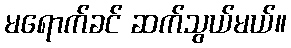
မရောက်ခင် ဆက်သွယ်မယ်။